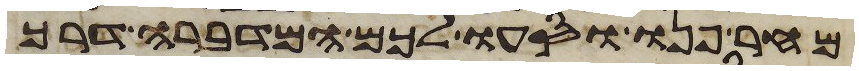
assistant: מחר פנו וסעו לכם המדברה דרך